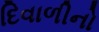
દિવાળીનો